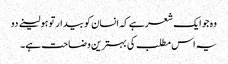
وہ جو ایک شعر ہے کہ انسان کو بیدار تو ہو لینے دو
یہ اس مطلب کی بہترین وضاحت ہے۔